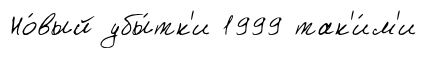
Но́вый убы́тк'и 1999 так'и́м'и